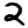
Digit: 2